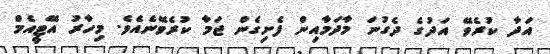
އަދާ ކުރެވޭ އަދުގެ ދެގުނަ މާދަމާއިން ފެށިގެން ޖަމާ ކުރެވޭނެއެވެ. މިހާރު އޭޓީއެމް